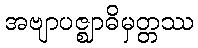
အဗျာပဇ္ဈာဓိမှတ္တဿ